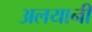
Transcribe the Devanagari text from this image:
अलयानी